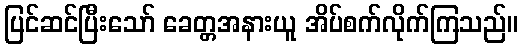
ပြင်ဆင်ပြီးသော် ခေတ္တအနားယူ အိပ်စက်လိုက်ကြသည်။